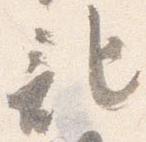
記